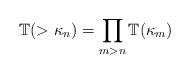
LaTeX: \begin{align*}\mathbb{T}(> \kappa_n) = \prod_{m > n}{ \mathbb{T}(\kappa_m)}\end{align*}